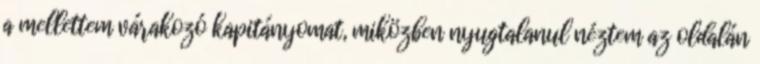
a mellettem várakozó kapitányomat, miközben nyugtalanul néztem az oldalán